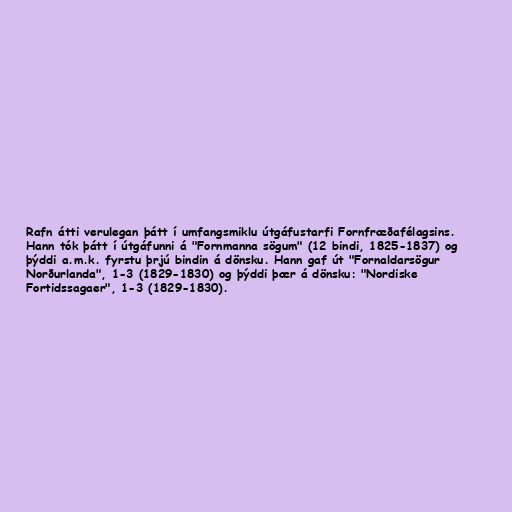
Rafn átti verulegan þátt í umfangsmiklu útgáfustarfi Fornfræðafélagsins.
Hann tók þátt í útgáfunni á "Fornmanna sögum" (12 bindi, 1825-1837) og
þýddi a.m.k. fyrstu þrjú bindin á dönsku. Hann gaf út "Fornaldarsögur
Norðurlanda", 1-3 (1829-1830) og þýddi þær á dönsku: "Nordiske
Fortidssagaer", 1-3 (1829-1830).